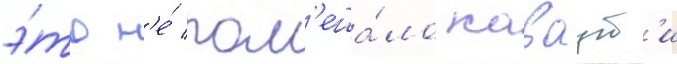
э́то н'е́ пом'еша́ло каваут'и